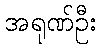
အရုဏ်ဦး